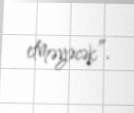
etməyəcək”.